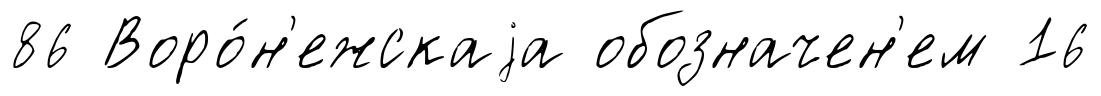
86 Воро́н'ежскаjа обозначен'ем 16